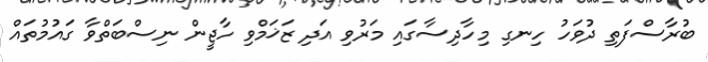
ބުރާސްފަތި ދުވަހު ހިނގި މިހާދިސާގައި މަރުވި އަދި ޒަޚަމްވި ހާޖީން ނިސްބަތްވާ ގައުމުތައް